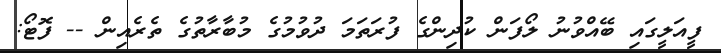
ފީއަލީގައި ބޭއްވުނު ލޯފަން ކުދިންގެ ފުރަތަަމަ ދުވުމުގެ މުބާރާތުގެ ތެރެއިން -- ފޮޓޯ: